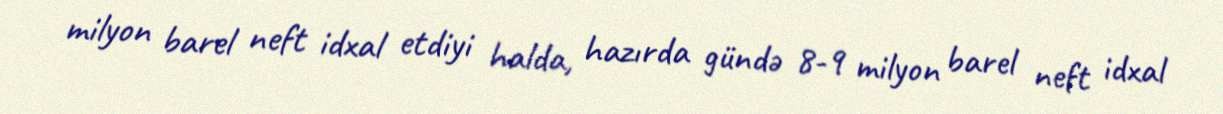
milyon barel neft idxal etdiyi halda, hazırda gündə 8-9 milyon barel neft idxal